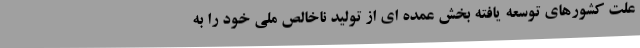
علت کشورهای توسعه یافته بخش عمده ای از تولید ناخالص ملی خود را به